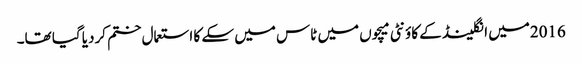
2016میں انگلینڈ کے کاؤنٹی میچوں میں ٹاس میں سکے کا استعمال ختم کردیا گیا تھا۔